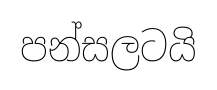
පන්සලටයි